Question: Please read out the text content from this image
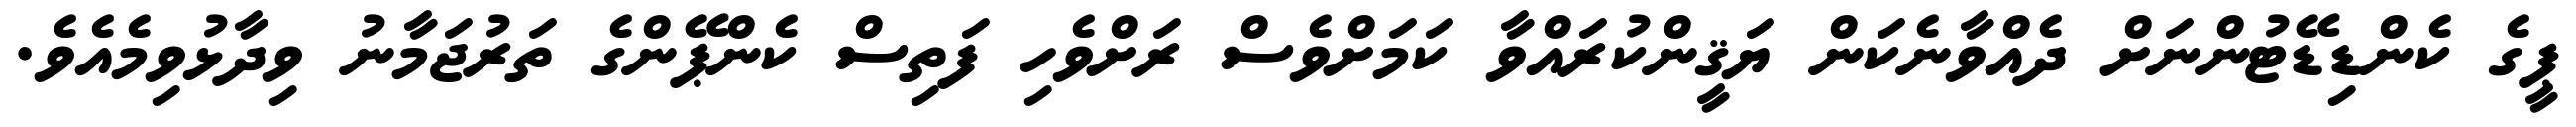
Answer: ޕީގެ ކެންޑިޑޭޓުންނަށް ދެއްވާނެކަން ޔަޤީންކުރައްވާ ކަމަށްވެސް ރަށްވެހި ފަތިސް ކެންޕޭންގެ ތަރުޖަމާނު ވިދާޅުވިމެއެވެ.